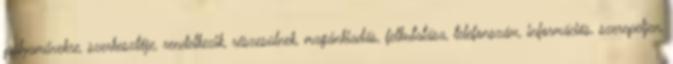
pályaművekre, szerkesztője, rendelkezik, részesülnek, magánkiadás, felkutatása, telefonszám, információs, szerepeljen,